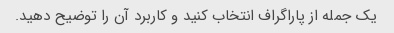
یک جمله از پاراگراف انتخاب کنید و کاربرد آن را توضیح دهید.